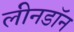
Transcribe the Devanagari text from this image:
लीनडॉन